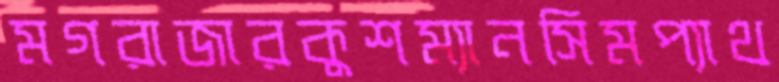
মগরাজারকুশম্যানসিমপ্যাথ